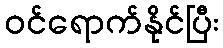
ဝင်ရောက်နိုင်ပြီး